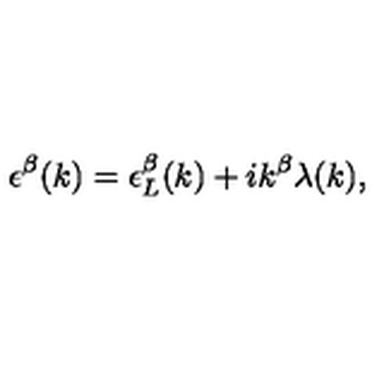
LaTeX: \epsilon ^ { \beta } ( k ) = \epsilon _ { L } ^ { \beta } ( k ) + i k ^ { \beta } \lambda ( k ) ,